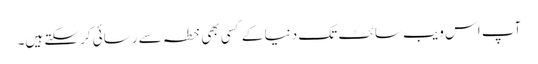
آپ اس ویب سائٹ تک دنیا کے کسی بھی خطہ سے رسائی کرسکتے ہیں۔